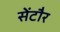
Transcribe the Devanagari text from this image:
सेंटौर